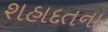
શહાદતના